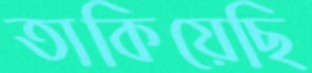
তাকিয়েছি